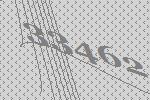
33462